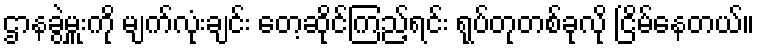
ဌာနခွဲမှူးကို မျက်လုံးချင်း တေ့ဆိုင်ကြည့်ရင်း ရုပ်တုတစ်ခုလို ငြိမ်နေတယ်။